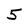
Character: 5